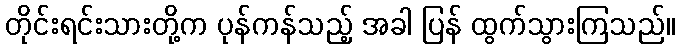
တိုင်းရင်းသားတို့က ပုန်ကန်သည့် အခါ ပြန် ထွက်သွားကြသည်။